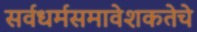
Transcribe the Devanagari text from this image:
सर्वधर्मसमावेशकतेचे